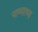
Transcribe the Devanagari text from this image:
पाण्याच्य